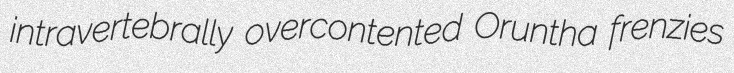
intravertebrally overcontented Oruntha frenzies